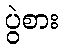
ပွဲစား